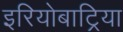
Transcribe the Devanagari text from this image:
इरियोबाट्रिया